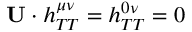
\mathbf { U } \cdot h _ { T T } ^ { \mu \nu } = h _ { T T } ^ { 0 \nu } = 0